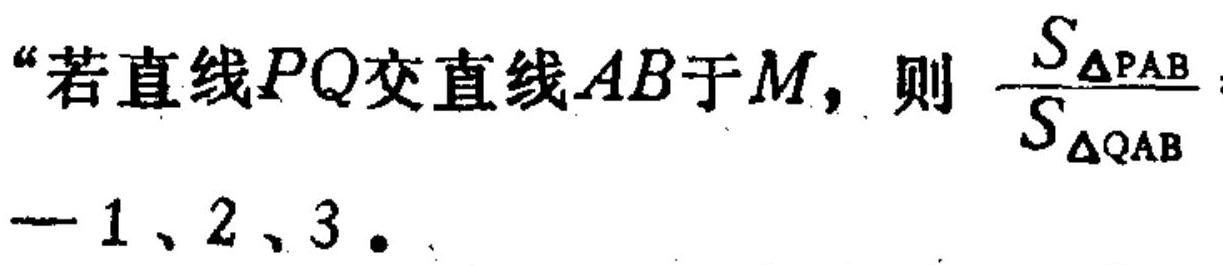
“若直线\(PQ\)交直线\(AB\)于\(M\)，则 \(\frac{S_{\triangle PAB}}{S_{\triangle QAB}}\)
\(—1、2、3\)。”